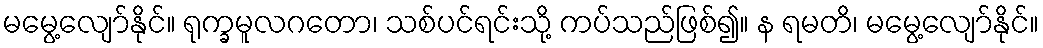
မမွေ့လျော်နိုင်။ ရုက္ခမူလဂတော၊ သစ်ပင်ရင်းသို့ ကပ်သည်ဖြစ်၍။ န ရမတိ၊ မမွေ့လျော်နိုင်။